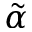
\tilde { \alpha }